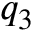
q _ { 3 }